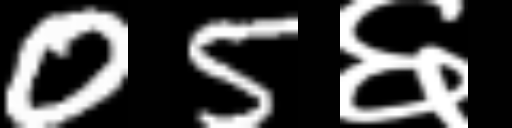
Text: 05६